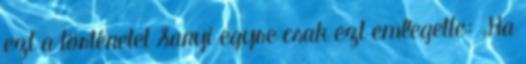
ezt a történetet Sanyi egyre csak ezt emlegette: „Ha